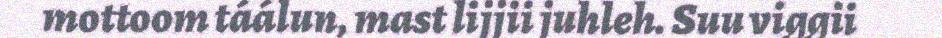
mottoom táálun, mast lijjii juhleh. Suu viggii